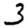
Digit: 3